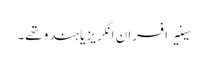
سینیر افسران انگریز یا ہندو تھے۔